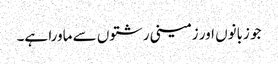
جو زبانوں اور زمینی رشتوں سے ماورا ہے۔